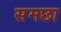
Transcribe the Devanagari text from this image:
समछा